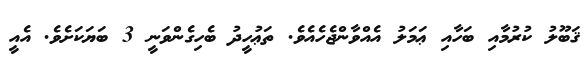
ޤަބޫލު ކުރުމާއި ބަހާއި ޢަމަލު އެއްވާންޖެހެއެވެ. ތަޢުހީދު ބެހިގެންވަނީ 3 ބަޔަކަށެވެ. އެއީ